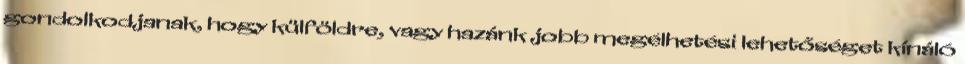
gondolkodjanak, hogy külföldre, vagy hazánk jobb megélhetési lehetőséget kínáló